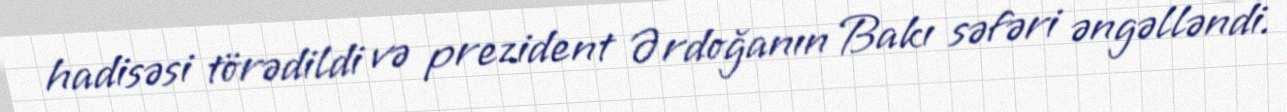
hadisəsi törədildi və prezident Ərdoğanın Bakı səfəri əngəlləndi.